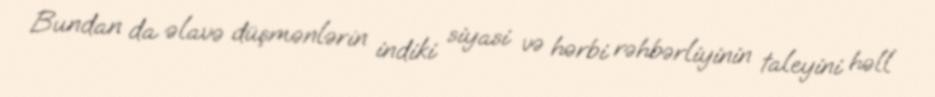
Bundan da əlavə düşmənlərin indiki siyasi və hərbi rəhbərliyinin taleyini həll